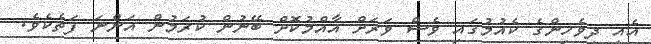
އެއީ ދިވެހިންގެ ކެއުމުގައި ވެސް ވަރަށް އާއްމުކޮށް ބޭނުން ކުރަމުން އަންނަ ފަތެކެވެ.